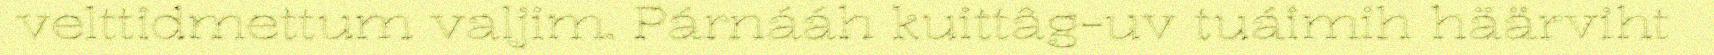
velttidmettum valjim. Párnááh kuittâg-uv tuáimih häärviht